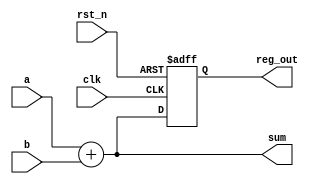
module combinational_sequential_logic (
    input wire clk,          // Clock input
    input wire rst_n,       // Active low reset
    input wire [3:0] a,     // 4-bit input
    input wire [3:0] b,     // 4-bit input
    output reg [3:0] sum,   // 4-bit output for sum
    output reg [3:0] reg_out // 4-bit output for register
);

// Combinational Logic: Calculate sum of a and b
always @* begin
    sum = a + b; // Sum is updated based on inputs a and b
end

// Sequential Logic: Register to hold the value of sum on clock edge
always @(posedge clk or negedge rst_n) begin
    if (!rst_n) begin
        reg_out <= 4'b0000; // Reset the register output to 0
    end else begin
        reg_out <= sum; // On clock edge, store the sum in reg_out
    end
end

endmodule